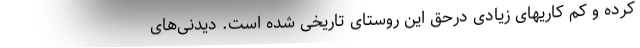
کرده و کم کاریهای زیادی درحق این روستای تاریخی شده است. دیدنی‌های